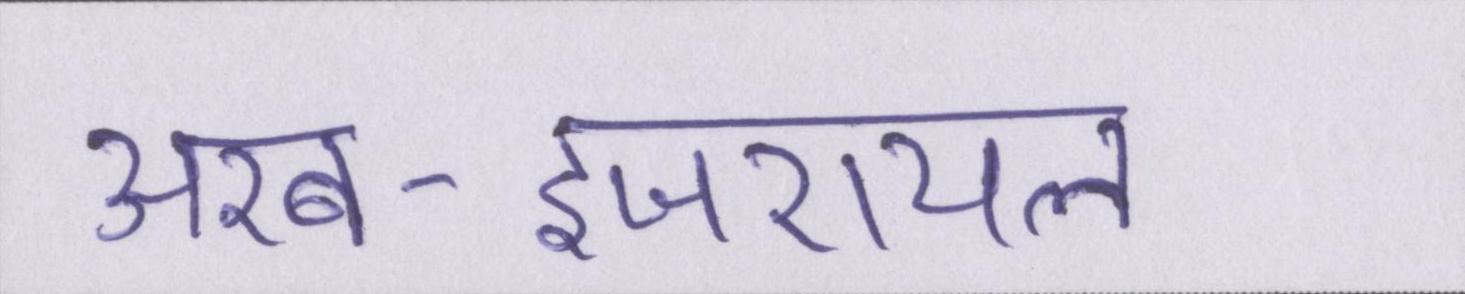
अरब-इजरायल